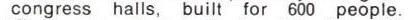
congress halls, built for 600 people.